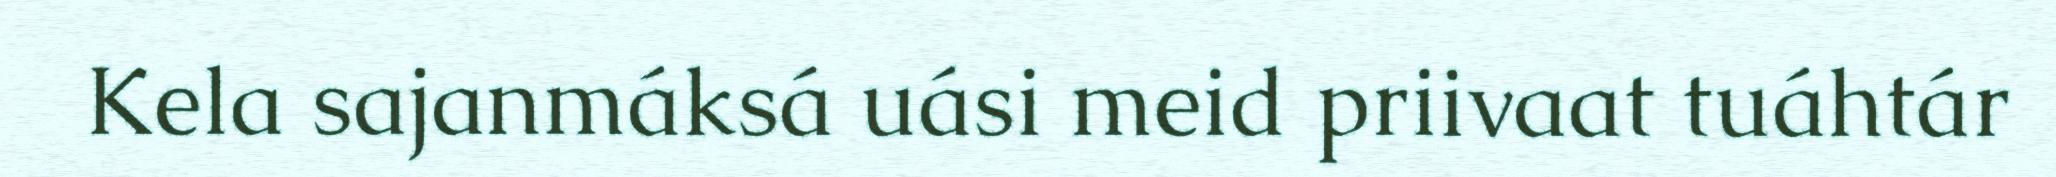
Kela sajanmáksá uási meid priivaat tuáhtár